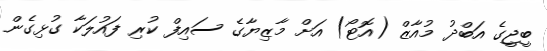
ބީޖީގެ އަބްދު މުއާޒް (އޮޓޯ) އަށް މާޒިޔާގެ ސައިފް ކުރި ފައުލަކާ ގުޅިގެން